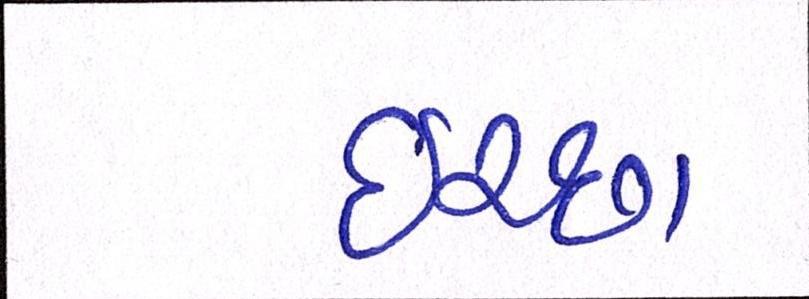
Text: ઈચ્છા